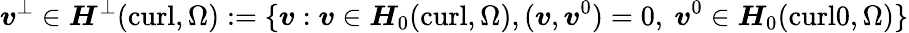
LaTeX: \boldsymbol{v}^{\bot}\in\boldsymbol{H}^{\bot}(\mathrm{curl},\Omega):=\{ \boldsymbol{v}:\boldsymbol{v}\in\boldsymbol{H}_{0}(\mathrm{curl},\Omega),(\boldsymbol{v},\boldsymbol{v}^{0})=0,\ \boldsymbol{v}^{0}\in\boldsymbol{H}_{0}(\mathrm{curl}0,\Omega)\}